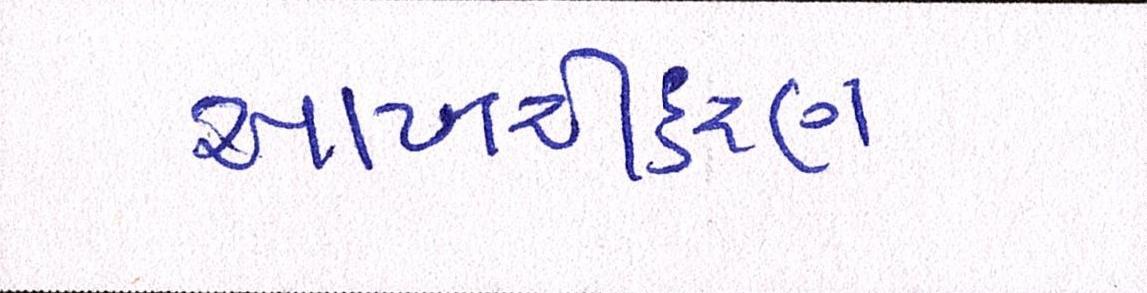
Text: આખરીકરણ